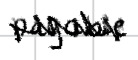
Text: payable
Cross-out: zig-zag
Writing tool: digital_black